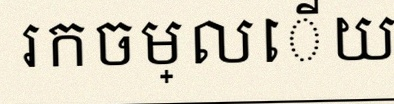
រកចម្លើយត្រឹមត្រូវ